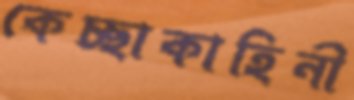
কেচ্ছাকাহিনী